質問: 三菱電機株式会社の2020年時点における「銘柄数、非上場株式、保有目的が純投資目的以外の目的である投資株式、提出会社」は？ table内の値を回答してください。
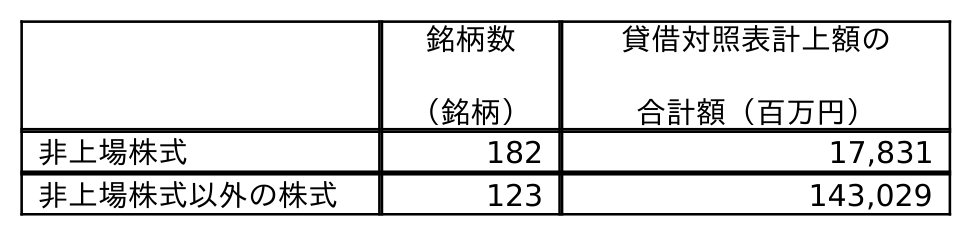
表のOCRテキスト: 銘柄数 （銘柄） 貸借対照表計上額の 合計額（百万円） 非上場株式 182 17,831 非上場株式以外の株式 123 143,029
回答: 182